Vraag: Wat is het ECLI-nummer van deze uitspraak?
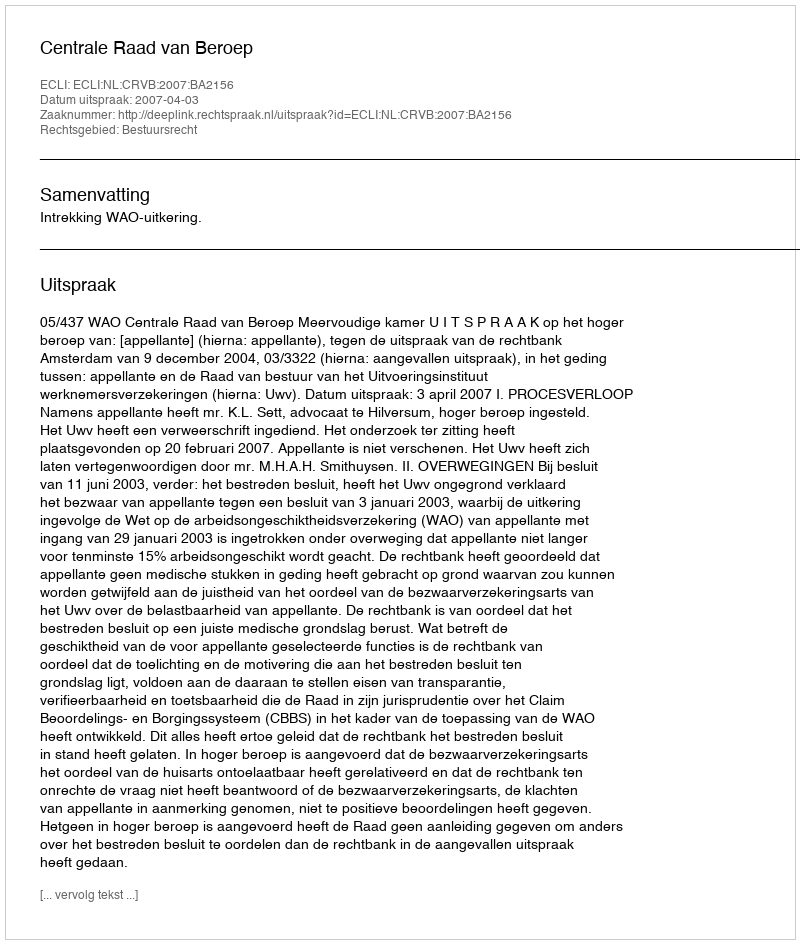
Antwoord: ECLI:NL:CRVB:2007:BA2156